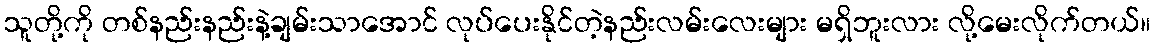
သူတို့ကို တစ်နည်းနည်းနဲ့ချမ်းသာအောင် လုပ်ပေးနိုင်တဲ့နည်းလမ်းလေးများ မရှိဘူးလား လို့မေးလိုက်တယ်။